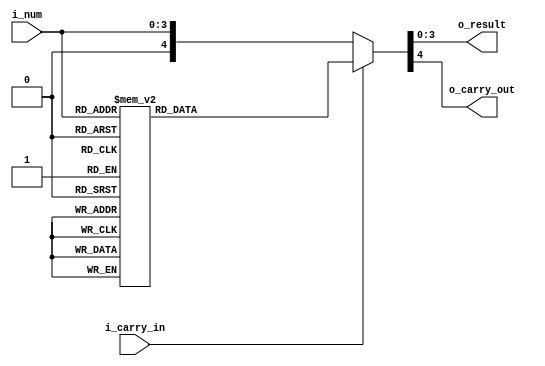
`timescale 1ns / 1ps

module bcd_incrementor (
        input wire [3:0] i_num,
        input wire i_carry_in,
        output reg [3:0] o_result,
        output reg o_carry_out
    );

    reg [4:0] ret1;
    always @*
    begin
        if (i_carry_in) begin
            case (i_num)
                4'b0000: ret1 = 5'b00001;
                4'b0001: ret1 = 5'b00010;
                4'b0010: ret1 = 5'b00011;
                4'b0011: ret1 = 5'b00100;
                4'b0100: ret1 = 5'b00101;
                4'b0101: ret1 = 5'b00110;
                4'b0110: ret1 = 5'b00111;
                4'b0111: ret1 = 5'b01000;
                4'b1000: ret1 = 5'b01001;
                4'b1001: ret1 = 5'b10000;
                default: ret1 = 5'b00000;
            endcase
            end
        else    begin
            ret1 = {1'b0, i_num};
            end

        o_result = ret1[3:0];
        o_carry_out = ret1[4];
    end
endmodule